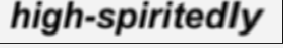
high-spiritedly